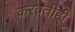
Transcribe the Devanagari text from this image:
करवतीही